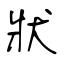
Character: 狀